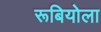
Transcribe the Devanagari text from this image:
रूबियोला